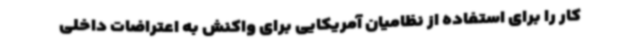
کار را برای استفاده از نظامیان آمریکایی برای واکنش به اعتراضات داخلی